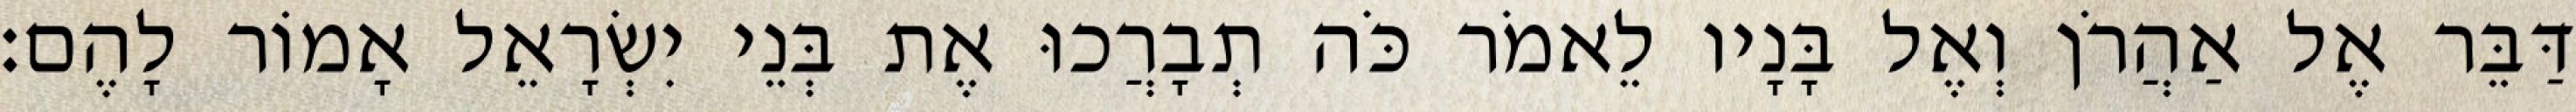
דַּבֵּר אֶל אַהֲרֹן וְאֶל בָּנָיו לֵאמֹר כֹּה תְבָרֲכוּ אֶת בְּנֵי יִשְׂרָאֵל אָמוֹר לָהֶם׃